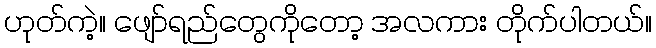
ဟုတ်ကဲ့။ ဖျော်ရည်တွေကိုတော့ အလကား တိုက်ပါတယ်။